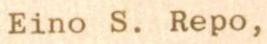
Eino S. Repo,